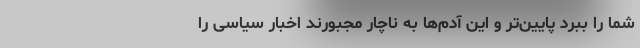
شما را ببرد پایین‌تر و این آدم‌ها به ناچار مجبورند اخبار سیاسی را